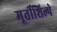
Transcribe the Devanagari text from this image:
मूर्तीशिल्पे